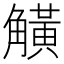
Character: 觵